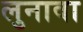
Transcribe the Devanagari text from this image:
लुनावा